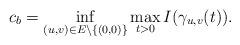
LaTeX: \begin{align*}c_{b}=\mathop{\inf}\limits_{(u,v)\in E\setminus\{(0,0)\}}\mathop{\max}\limits_{t>0}I(\gamma_{u,v}(t)).\end{align*}